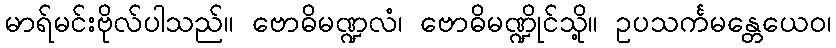
မာရ်မင်းဗိုလ်ပါသည်။ ဗောဓိမဏ္ဍလံ၊ ဗောဓိမဏ္ဍိုင်သို့။ ဥပသင်္ကမန္တေယေဝ၊